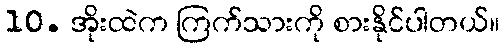
10. အိုးထဲက ကြက်သားကို စားနိုင်ပါတယ်။